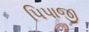
પિપાજી